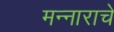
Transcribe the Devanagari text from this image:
मन्नाराचे